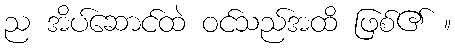
ည အိပ်ဆောင်ထဲ ဝင်သည်အထိ ဖြစ်၏ ။